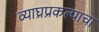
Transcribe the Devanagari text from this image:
व्याघ्रप्रकल्पाचा